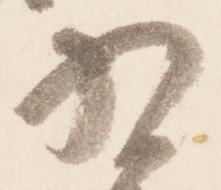
為